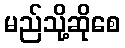
မည်သို့ဆိုစေ